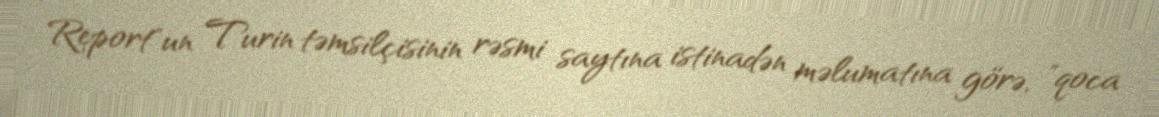
Report"un Turin təmsilçisinin rəsmi saytına istinadən məlumatına görə, "qoca